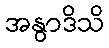
အနွာဒိသိ